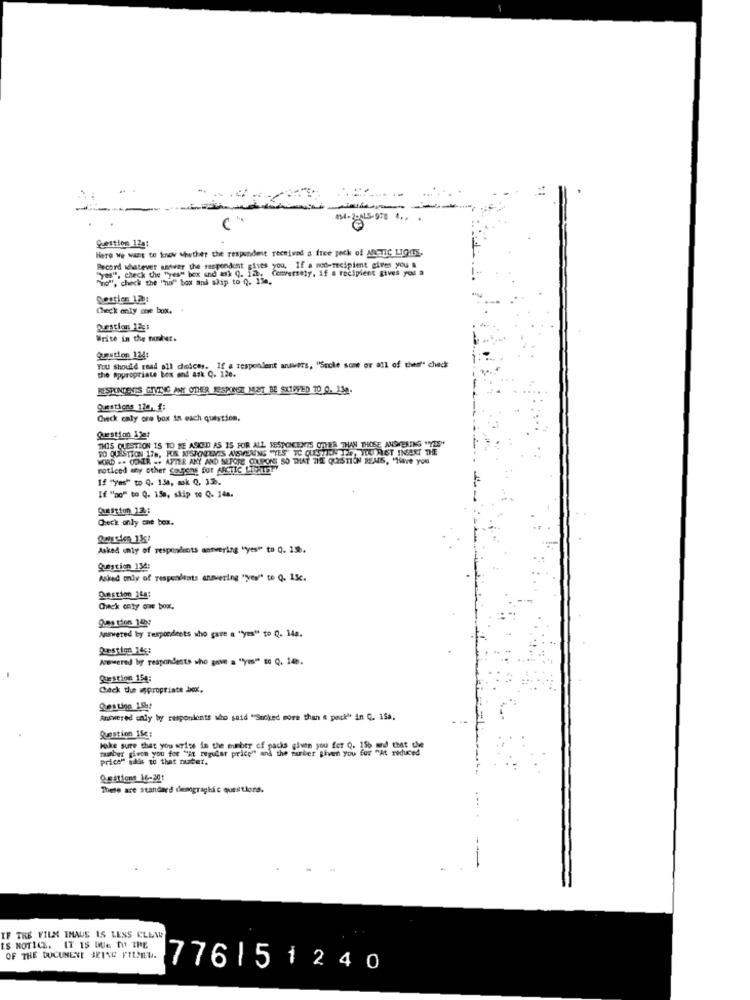
454-2-ALS-978 4 ..
Question 12a:
Here We want to know whether the respondent received a free pock of MICTIC LIGHTS.
Record whatever snoer the respondent gives you, If a moc-recipient gives you &
Q. i2. Conversely, if a recipient gives you a
"o", check the "no" box and ship to Q. 134.
"yes". check the "yes" box and ak Q. 12.
Check only one box. +
Question 126:
Write in the number.
Question 124:
You Should read all choices. If a respondent answers, "Suche some or all of thes" check
the Appropriate box and ask Q. 120.
RESPONDENTS GIVING ANY OTHER RESPONSE MAT BE SKIPPED 70 0. 13e.
Check caly ore box in each question,
Question 13er
THIS QUESTION IS TO BE ASKED AS 15 FOR ALL RESPONCENTS OTHER THAN THOSE ANSWERING "YES"
SO QUESTION 176, FUR NISJONENTS ANSWERING "YES" TC QUESTION 126, SLU FIST INSERT THE
WORD .. OCHER -. AFTER ANY AND SEFOR
ND SEFORE COUPONS SO THAT THE QUESTION REAIS, "Have you
noticed any other coupons for ARCTIC LIDTSTY
If "yes" to Q. 138, mak 0, 12.
If "no" to Q. 150, skip to Q. 14a.
Question 12 .:
Check only one box.
Asked only of respondents antwering "yes" to Q. 13.
Question 134:
Asked only of respondents answering "yes"" to Q. 15c.
Question 144:
Check onty one box.
9.ma tion 14h9
Answered by Tespondents who gave a "yes" to Q. 14a.
Restiq 145:
Acovered by respondents who gave a "yes"" to Q. 14.
Question 154:
Cack due @propriate box.
Answered caly by respondents who said "Sucked more than a pack" in Q. 15a.
Question 15c:
mabes given you for "At regular price"" and the surber given you for "At reduced
Make sure that you write in the number of packs given you for Q. 156 and that uwe
price" sals to that nuber.
These are standard demographic questions.
IF THE FILM IMAUS IS LESS CLEAR
IS NOTICE. IT 15 DUE TO THE
OF THE DOCUMENT BRING FILMEU.
776151240